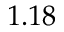
1 . 1 8